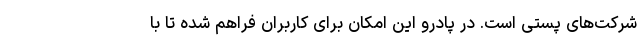
شرکت‌های پستی است. در پادرو این امکان برای کاربران فراهم شده تا با